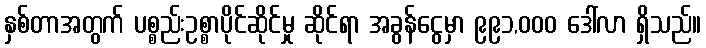
နှစ်တာအတွက် ပစ္စည်းဥစ္စာပိုင်ဆိုင်မှု ဆိုင်ရာ အခွန်ငွေမှာ ၉၉၁,၀၀၀ ဒေါ်လာ ရှိသည်။